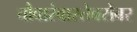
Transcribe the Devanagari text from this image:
चौवारंवारतेबरोबर